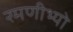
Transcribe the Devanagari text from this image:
रमणीभ्यो